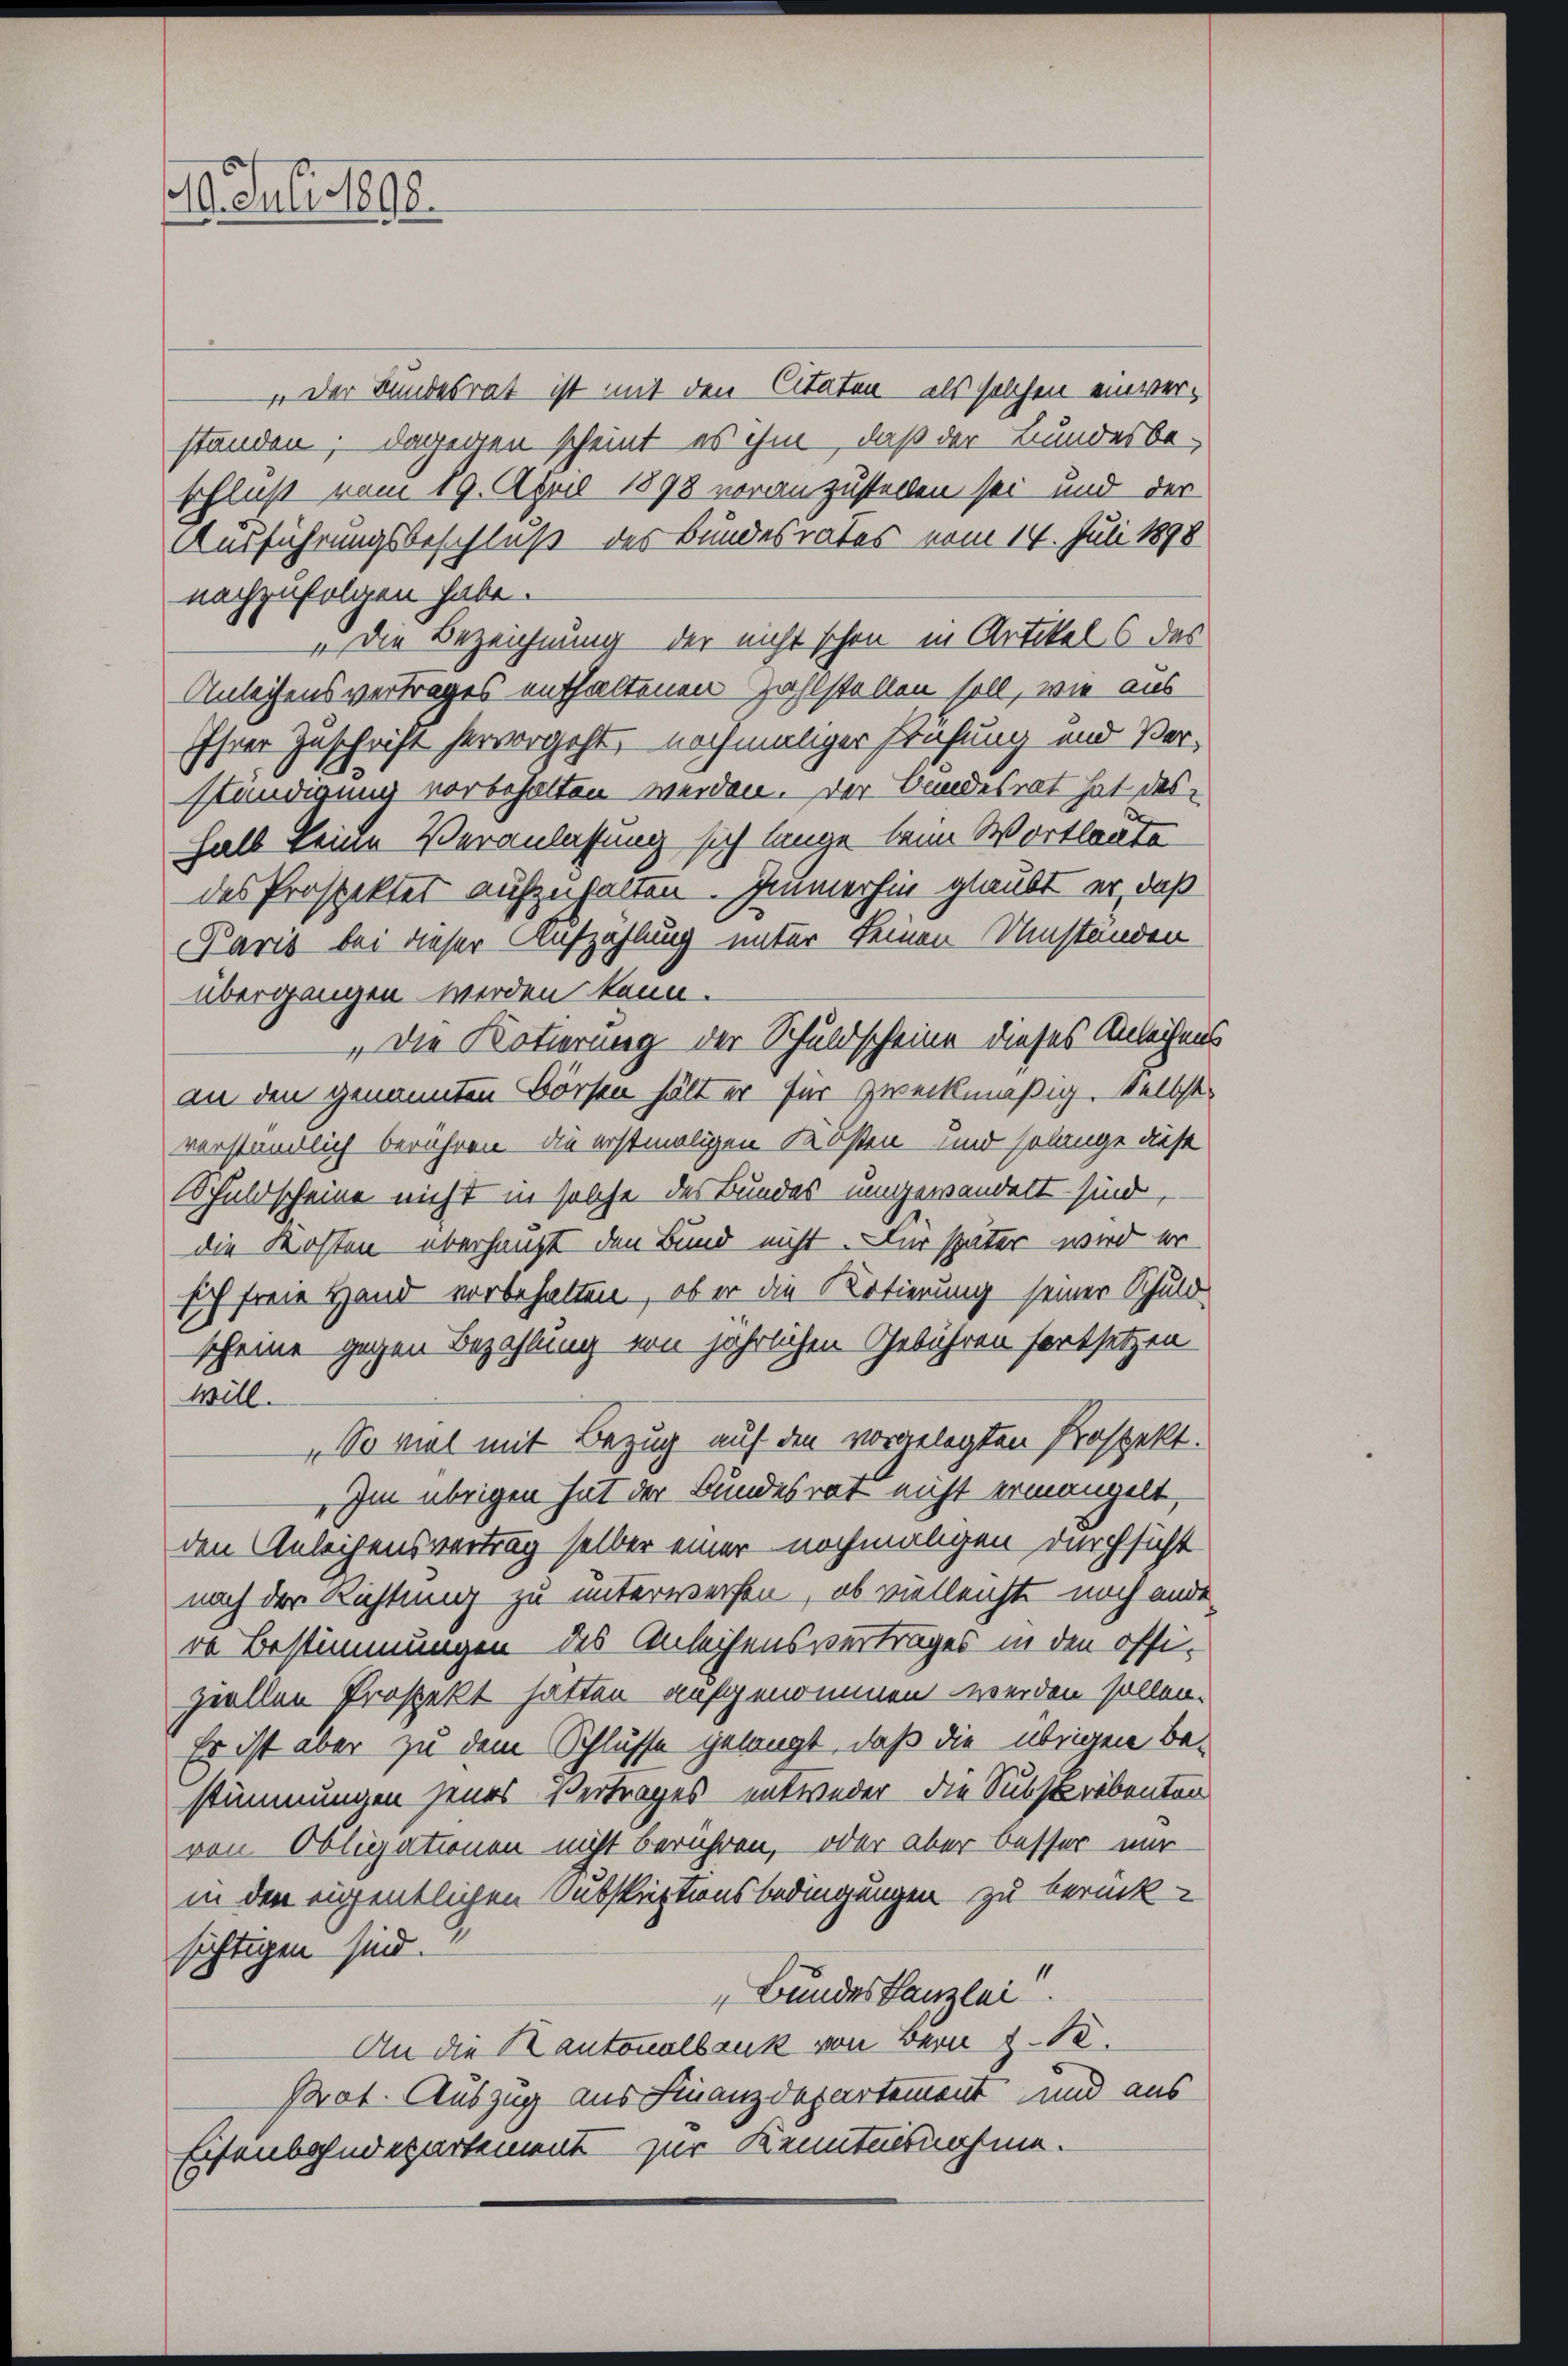
20. Juli 1890.

Der Bundesrat ist mit den Citaten als solchen einverständen; dagegen scheint es ihm, daß der Bundesbeschluß vom 19. April 1898 voranzustellen sei und der
Ausführungsbeschluß des Bundesrates vom 14. Juli 1898
nachzufolgen habe.
„Die Bezeichnung der nicht schon in Artikels des
Anleihensvertrages enthaltenen zahlstellen soll, wie aus
Ihrer Zuschrift hervorgeht, nochmaliger Prüfung und Verständigung vorbehalten werden. Der Bundesrat hat deshalb keine Veranlassung sich lange beim Wortlaute
des Prospekter aufzuhalten. Zumerhin glaubt er, daß
Paris bei dieser Aufzahlung unter keinen Umständen
übergangen werden kann.
Die Kotierung der Schuldscheine dieses Anleihens
an den genannten Börsen hält er für zweckmäßig. Selbstverständlich berühren die erstmaligen Kosten- und solange diese
Schuldscheine nicht in solche des Bundes umgewandelt sind
die Kosten überhaupt den Bund nicht. Für später wird er
sich freie Hand vorbehalten, ob er die Kotierung seiner Schuld
scheine gegen Bezahlung von jährlichen Gebühren fortsetzen
will.
„So viel mit Bezug auf den vorgelegten Prospekt.
„Im übrigen hat der Bundesrat nicht ermangelt,
den Anleihensvertrag selber einer nochmaligen durchsicht
nach der Richtung zu unterwerfen, ob vielleicht noch ande
re Bestimmungen des Anleihensvertrages in den offi-
ziellen Prospekt hatten aufgenommen werden sollen.
Es ist aber zu dem Schlusse gelangt, daß die übrigen Bestimmungen jenes Vertrages entweder die Substrebenten
von Obligationen nicht berühren, oder aber besser mir
in den eigentlichen Subskriptionsbedingungen zu berück-
sichtigen sind.
Bundeskanzlei.
An die Kantonalbank von Bern § 12.
Pot. Auszug aus Finanzdepartement und aus
Eisenbahndepartement zur Kenntnisnahme.